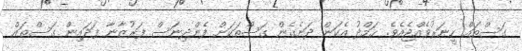
ގަސްތައް ހީނަރުވެއްޖެއެވެ. ހަމްދު އެކަން ދަނެގެން ގަސްތަކަށް ފެންދިނަސް ފަރުޒާނާ ފަދައިން ގަސްތައް